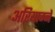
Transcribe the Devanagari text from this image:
अरियाग्ने